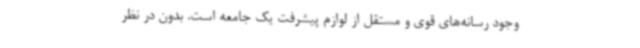
وجود رسانه‌های قوی و مستقل از لوازم پیشرفت یک جامعه است. بدون در نظر